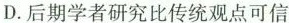
D. 后期学者研究比传统观点可信